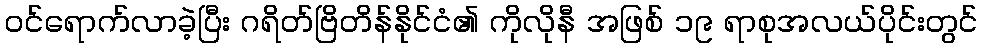
ဝင်ရောက်လာခဲ့ပြီး ဂရိတ်ဗြိတိန်နိုင်ငံ၏ ကိုလိုနီ အဖြစ် ၁၉ ရာစုအလယ်ပိုင်းတွင်